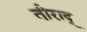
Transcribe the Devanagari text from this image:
तीराद्